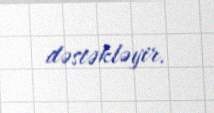
dəstəkləyir.